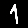
Digit: 1